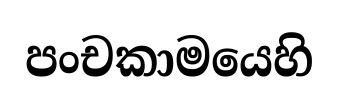
පංචකාමයෙහි